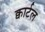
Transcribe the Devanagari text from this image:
क्वार्टल